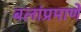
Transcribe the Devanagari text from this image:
बलांप्रमाणे